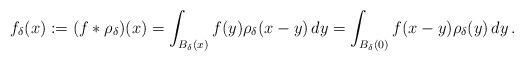
LaTeX: \begin{align*}f_\delta (x):=(f \ast \rho_\delta)(x)=\int_{B_\delta(x)}f(y) \rho_\delta(x-y) \,dy=\int_{B_\delta(0)}f(x-y) \rho_\delta(y)\, dy\,.\end{align*}